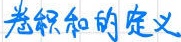
卷积和的定义